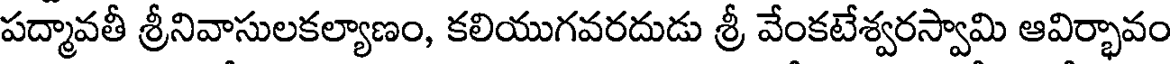
పద్మావతీ శ్రీనివాసులకల్యాణం, కలియుగవరదుడు శ్రీ వేంకటేశ్వరస్వామి ఆవిర్భావం